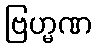
ဗြဟ္မဏ